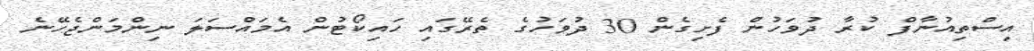
އިސްތިއުނާފް ކުރާ ދުވަހުން ފެށިގެން 30 ދުވަހުގެ ތެރޭގައި ހައިކޯޓުން އެމައްސަަލަ ނިންމަންޖެހޭނެ